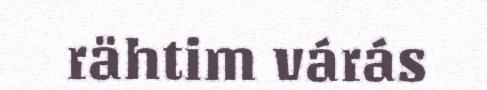
rähtim várás